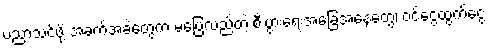
ပညာသင်ဖို့ အခက်အခဲတွေက မပြေလည်တဲ့ စီးပွားရေးအခြေအနေတွေ၊ ဝင်ငွေထွက်ငွေ